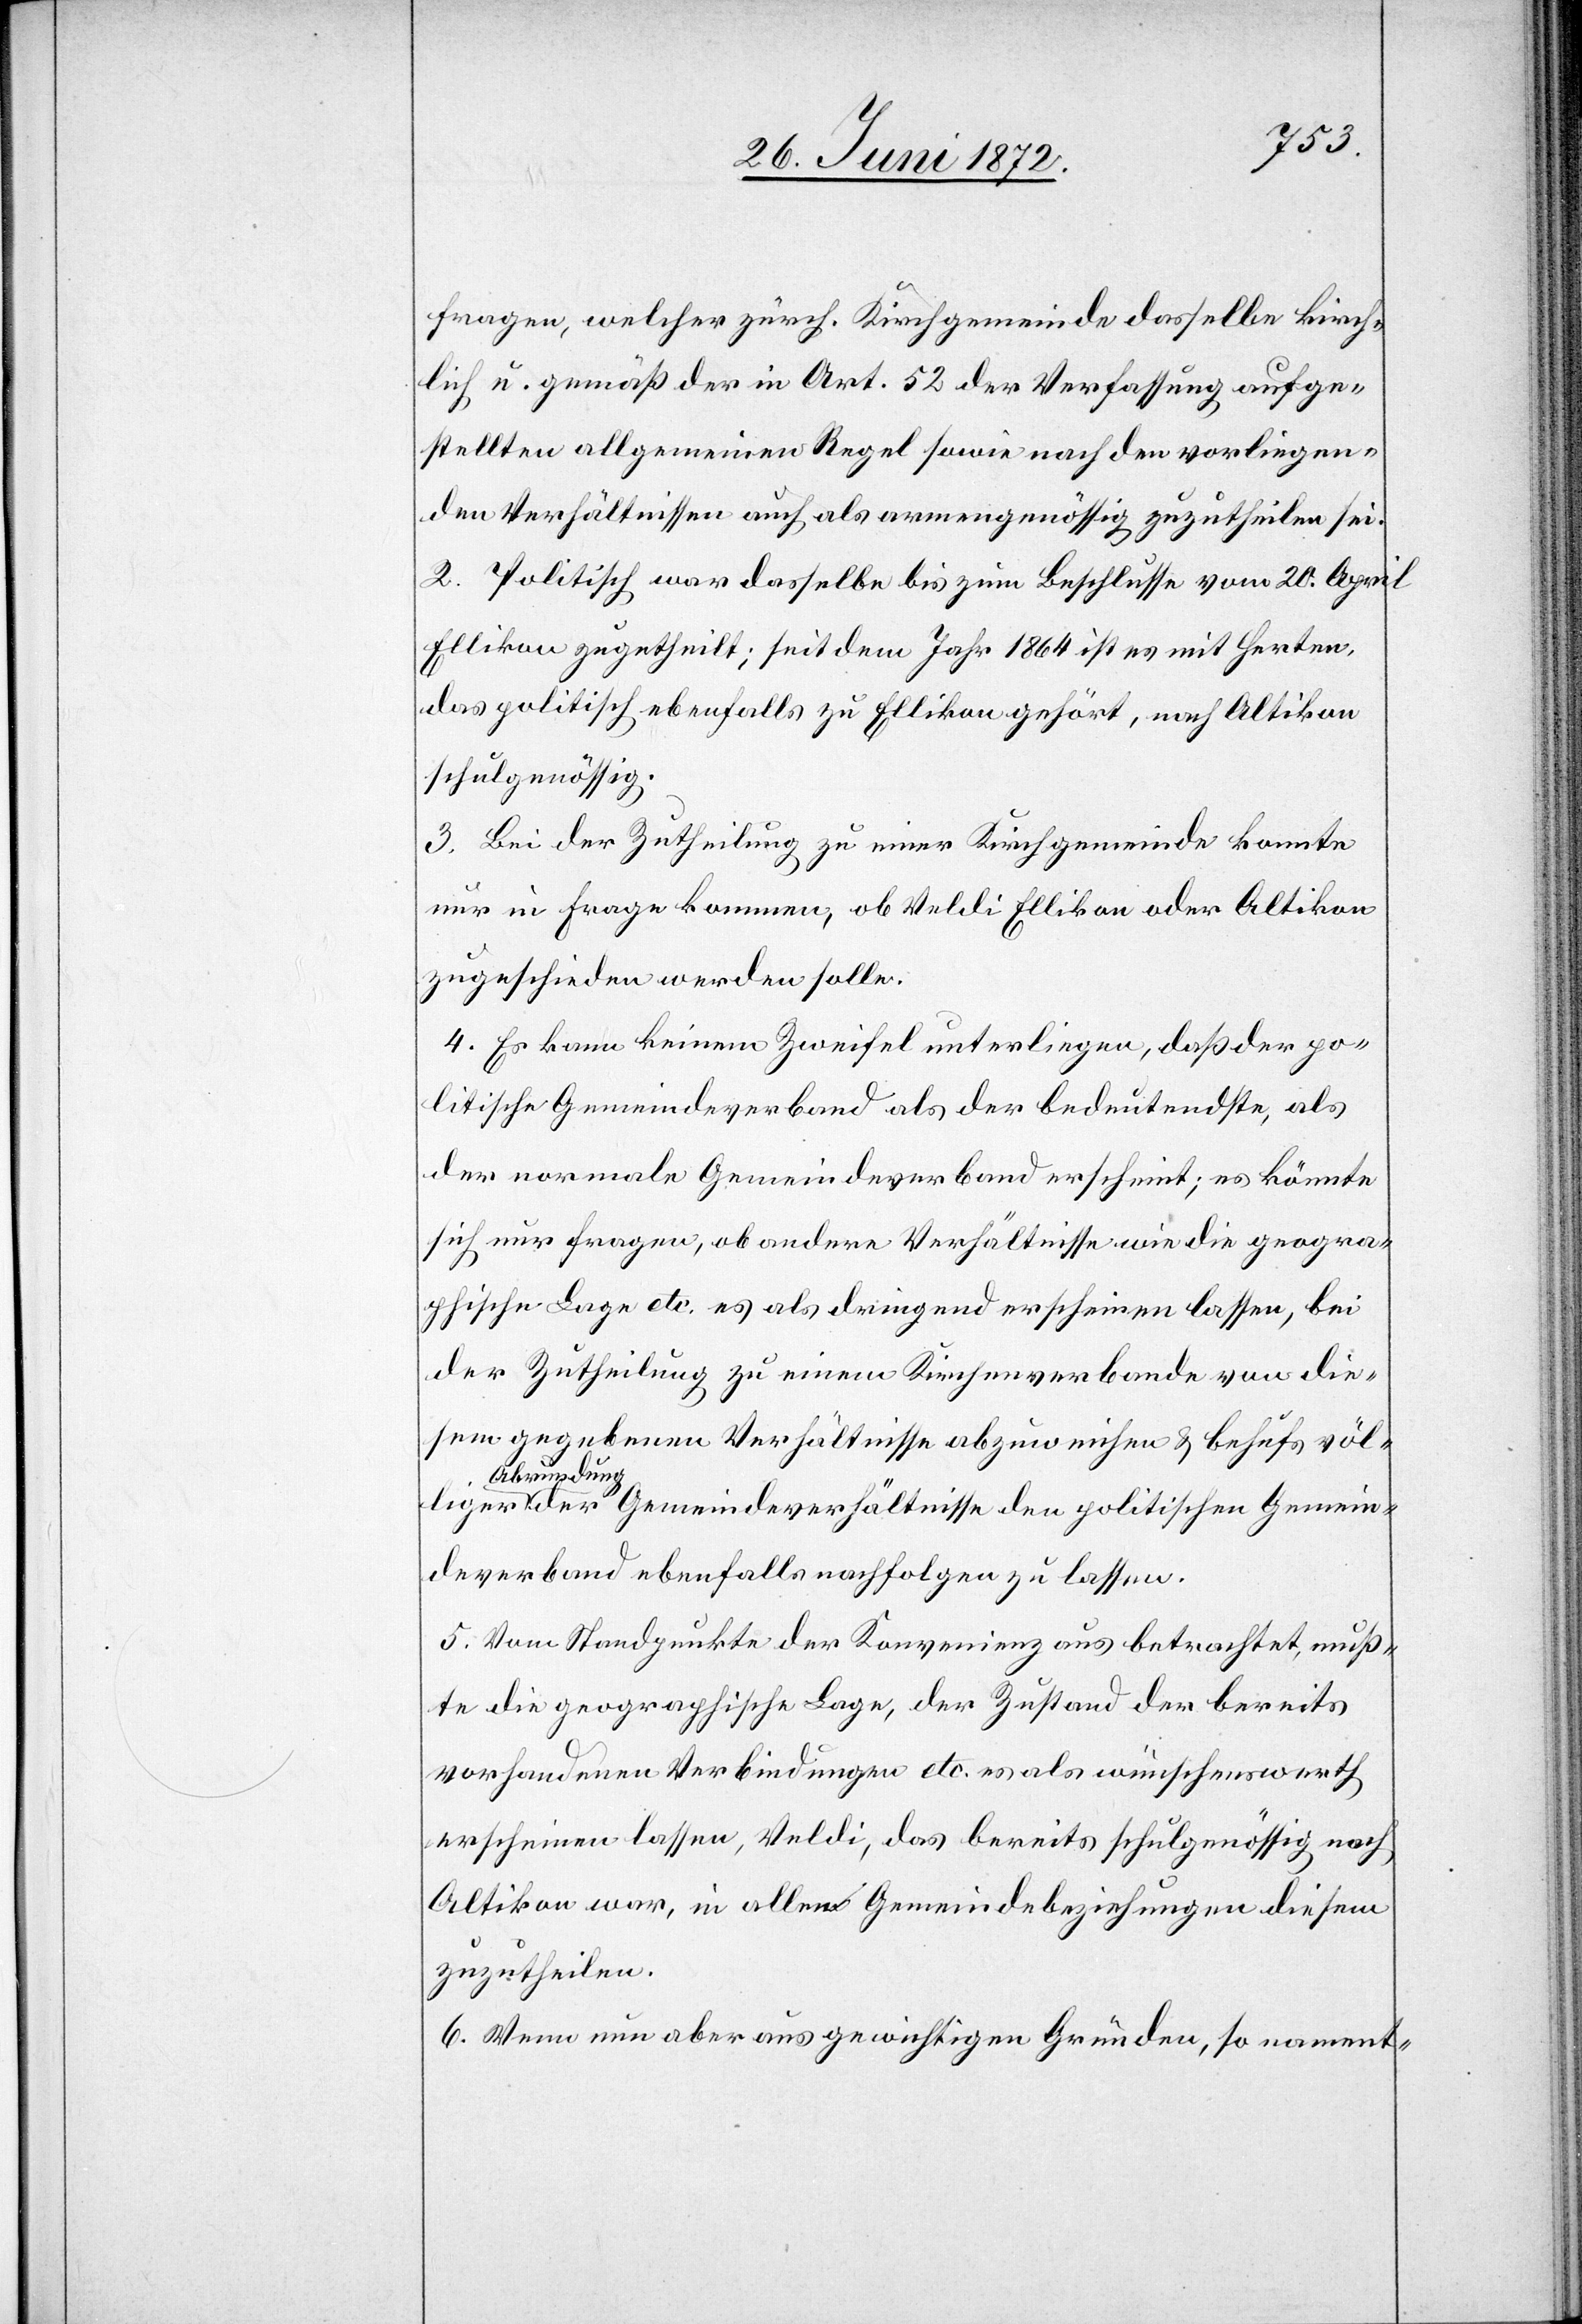
liger
fragen, welcher zürch. Kirchgemeinde dasselbe kirch¬
lich u. gemäß der in Art. 52 der Verfassung aufge¬
stellten allgemeinen Regel sowie nach den vorliegen¬
den Verhältnissen auch als armengenössig zuzutheilen sei.
2. politisch war dasselbe bis zum Beschlusse vom 20. April
Ellikon zugetheilt; seit dem Jahr 1864 ist es mit Herten,
das politisch ebenfalls zu Ellikon gehört, nach Altikon
schulgenössig.
3. Bei der Zutheilung zu einer Kirchgemeinde konnte
nur in Frage kommen, ob Veldi Ellikon oder Altikon
zugeschieden werden solle.
4. Es kann keinem Zweifel unterliegen, daß der po¬
litische Gemeindeverband als der bedeutendste, als
der normale Gemeindeverband erscheint; es könnte
sich nur Fragen, ob andere Verhältnisse wie die geogra¬
phische Lage etc. es als dringend erscheinen lassen, bei
der Zutheilung zu einem Kirchenverbande von die¬
sem gegebenem Verhältnisse abzuweichen u. behufs völ¬
Abrundung
der Gemeindeverhältnisse den politischen Gemein¬
deverband ebenfalls nachfolgen zu lassen.
5. Vom Standpunkte der Konvenienz aus betrachtet, muß¬
te die geographische Lage, der Zustand der bereits
vorhandenen Verbindungen etc. es als wünschenswerth
erscheinen lassen, Veldi, das bereits schulgenössig nach
Altikon war, in allen Gemeindebeziehungen diesem
zuzutheilen.
6. Wenn nun aber aus gewichtigen Gründen, so nament-